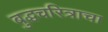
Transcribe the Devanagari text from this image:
बुद्धचरित्राचा